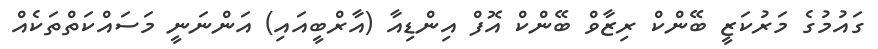
ގައުމުގެ މަރުކަޒީ ބޭންކް ރިޒާވް ބޭންކް އޮފް އިންޑިއާ (އާރްބީއައި) އަންނަނީ މަސައްކަތްތަކެއް